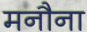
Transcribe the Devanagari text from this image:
मनौना